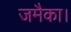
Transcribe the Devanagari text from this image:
जमैका।